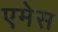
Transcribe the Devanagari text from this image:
एमेस